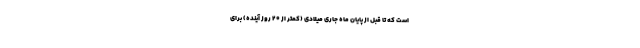
است که تا قبل از پایان ماه جاری میلادی (کمتر از 20 روز آینده) برای